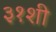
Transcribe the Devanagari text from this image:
३१शी